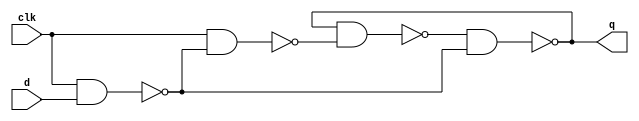
module dff(q,
           clk,
           d);
    input clk,d;
    output q;
    
    wire x,y,qp;
    
    assign x  = ~(clk & d);
    assign y  = ~(clk & x);
    assign q  = ~(qp & x);
    assign qp = ~(q & y);

endmodule